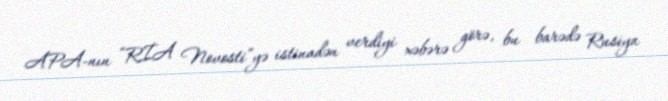
APA-nın “RİA Novosti”yə istinadən verdiyi xəbərə görə, bu barədə Rusiya